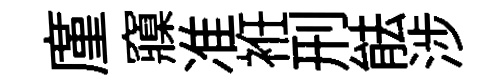
廑䆿准袵刑䏻涉